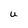
Character: U